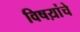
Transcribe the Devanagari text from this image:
विषय़ांचे